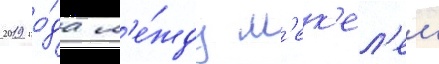
2019 го́да м'е́жду м'ек'ел'ем